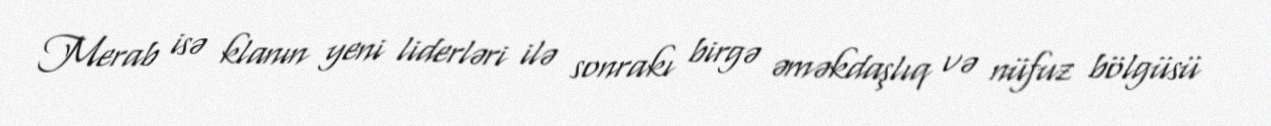
Merab isə klanın yeni liderləri ilə sonrakı birgə əməkdaşlıq və nüfuz bölgüsü